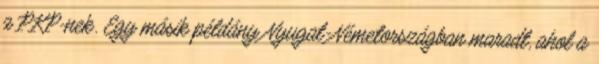
a PKP-nek. Egy másik példány Nyugat-Németországban maradt, ahol a